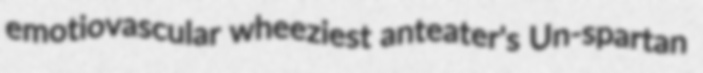
emotiovascular wheeziest anteater's Un-spartan